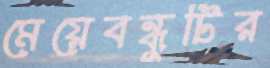
মেয়েবন্ধুটির